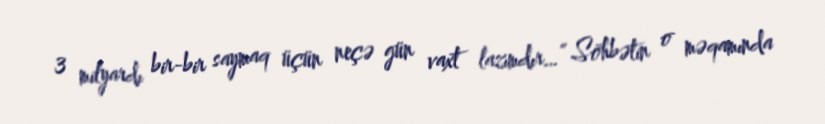
3 milyardı bir-bir saymaq üçün neçə gün vaxt lazımdır…” Söhbətin o məqamında